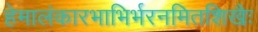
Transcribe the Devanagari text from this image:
हेमालंकारभाभिर्भरनमितशिखैः